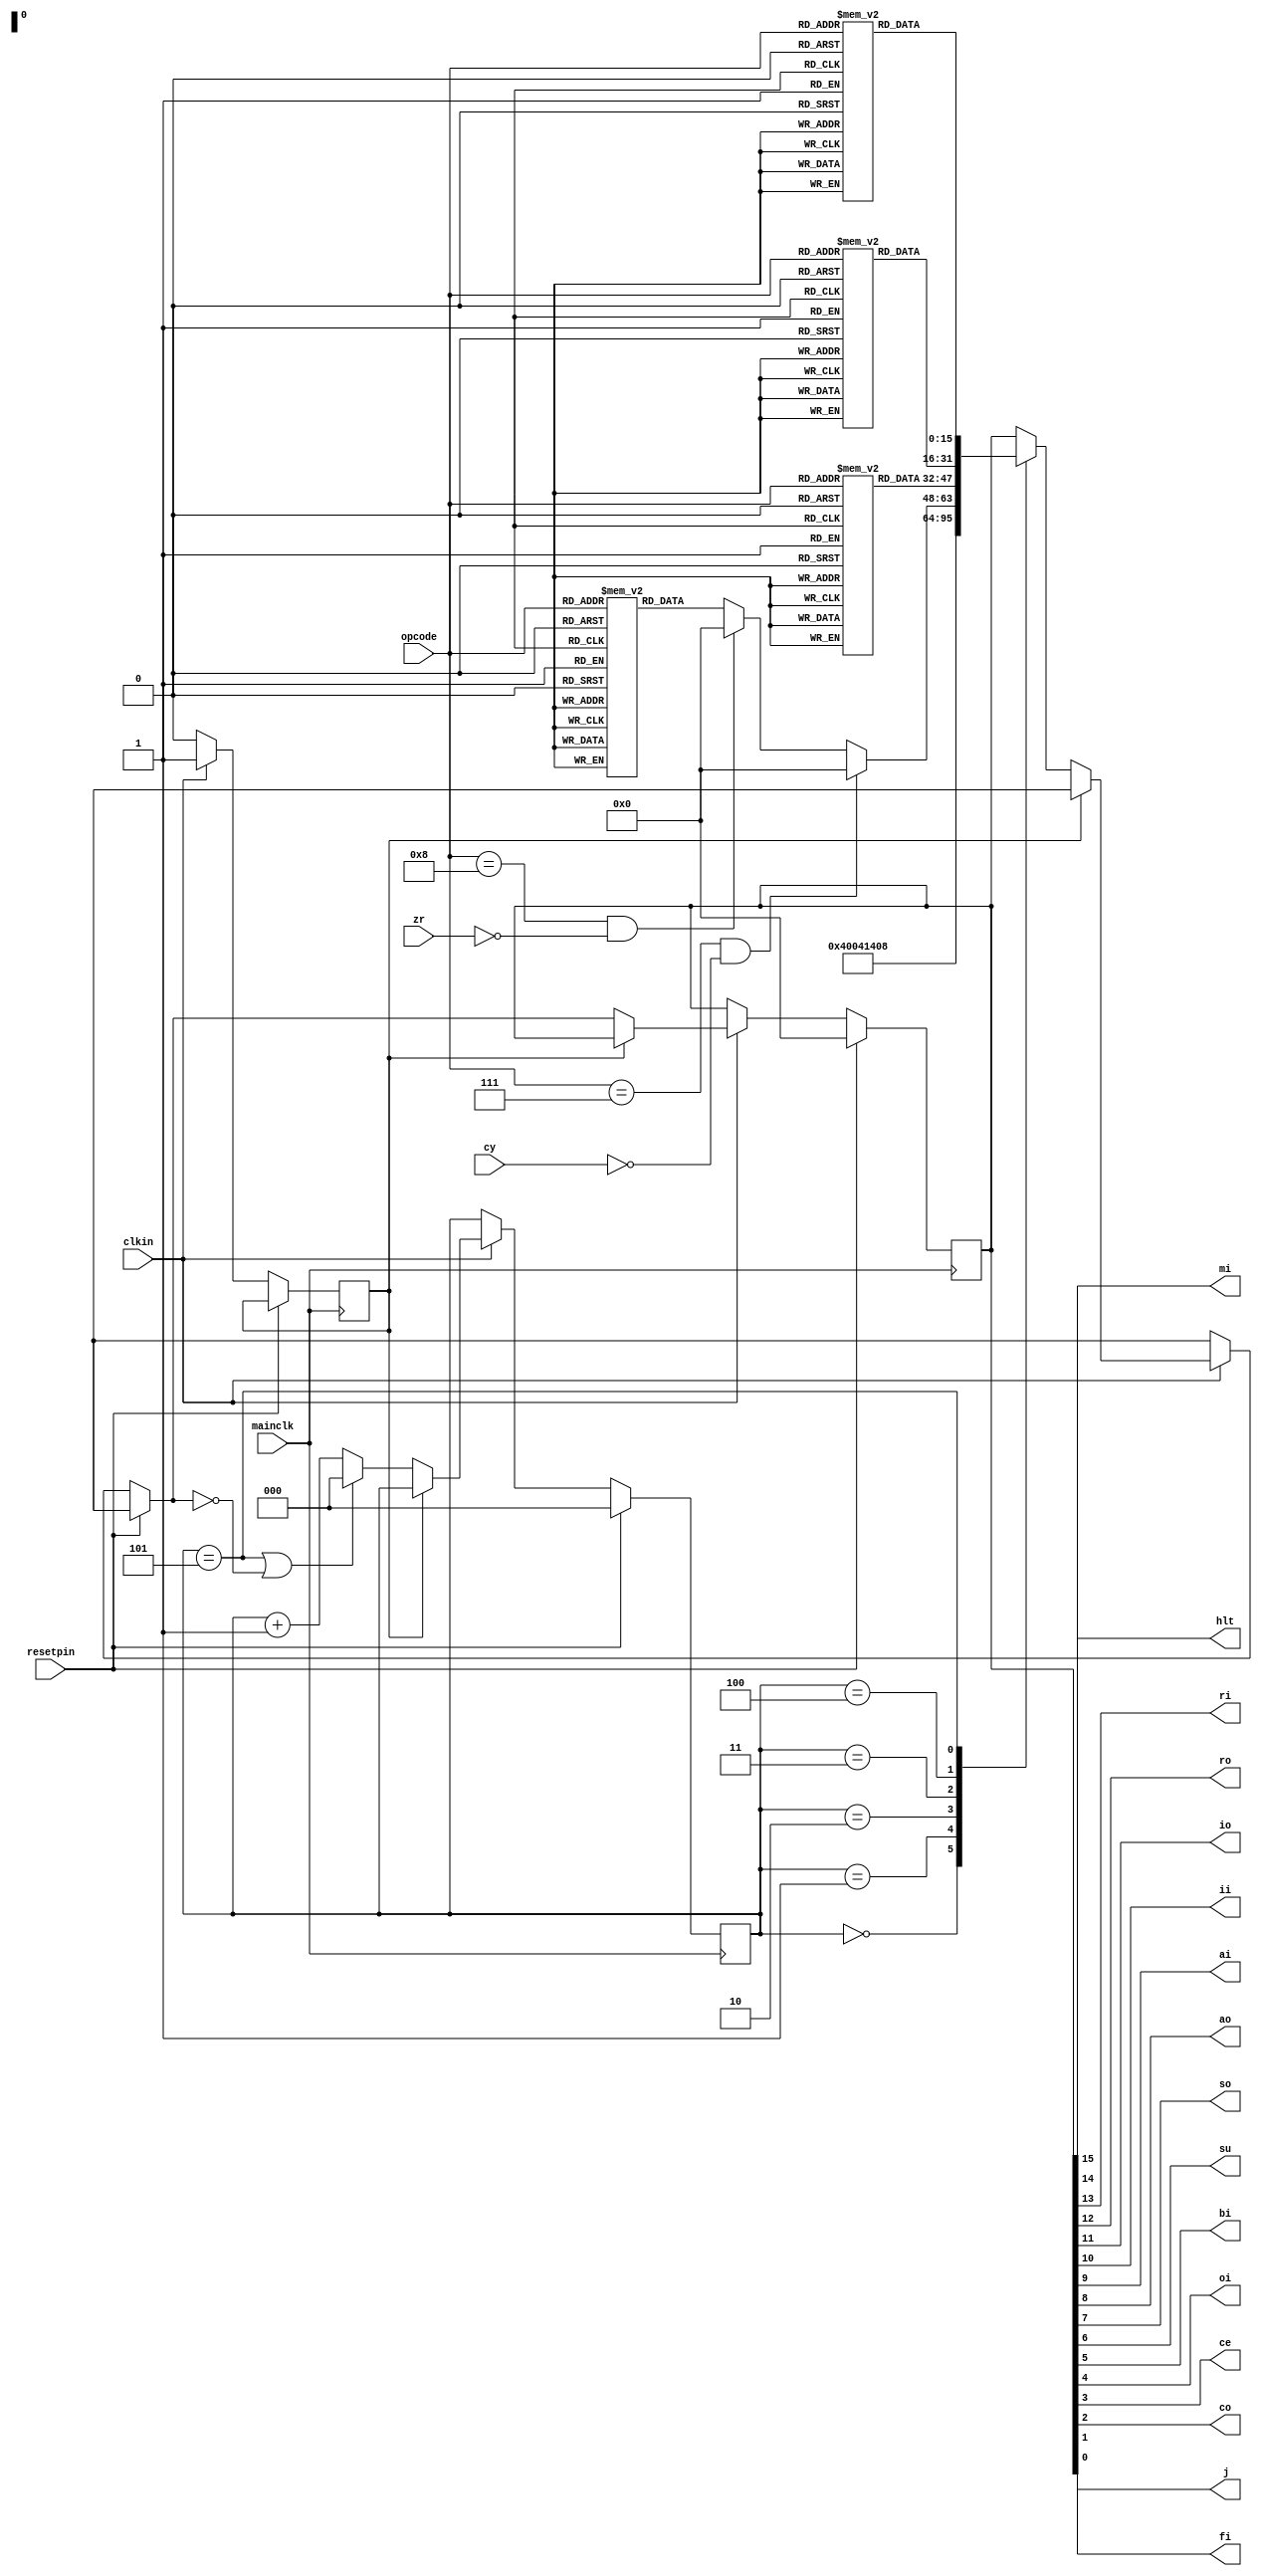
`timescale 1ns / 1ps
//////////////////////////////////////////////////////////////////////////////////
// Company: 
// Engineer: 
// 
// Design Name: 
// Module Name: ctrlogic
// Project Name: 
// Target Devices: 
// Tool Versions: 
// Description: 
// 
// Dependencies: 
// 
// Revision:
// Revision 0.01 - File Created
// Additional Comments:
// 
//////////////////////////////////////////////////////////////////////////////////

module ctrlogic(
    input mainclk,
    input clkin,
    input resetpin,
    input [3:0] opcode,
    input zr,
    input cy,
    output hlt,
    output mi,
    output ri,
    output ro,
    output io,
    output ii,
    output ai,
    output ao,
    output so,
    output su,
    output bi,
    output oi,
    output ce,
    output co,
    output j,
    output fi   
    );
    
    reg [2:0] phase;
    reg f_clkin;
    reg [15:0] ctrlword;
    
    parameter OPCODE_NOP = 4'b0000;
    parameter OPCODE_LDA = 4'b0001;
    parameter OPCODE_ADD = 4'b0010;
    parameter OPCODE_SUB = 4'b0011;
    parameter OPCODE_STA = 4'b0100;
    parameter OPCODE_LDI = 4'b0101;
    parameter OPCODE_JMP = 4'b0110;
    parameter OPCODE_JC  = 4'b0111;
    parameter OPCODE_JZ  = 4'b1000;
    parameter OPCODE_OUT = 4'b1110;
    parameter OPCODE_HLT = 4'b1111;

    parameter HLT = 16'b1000000000000000;
    parameter MI  = 16'b0100000000000000;
    parameter RI  = 16'b0010000000000000;
    parameter RO  = 16'b0001000000000000;
    parameter IO  = 16'b0000100000000000;
    parameter II  = 16'b0000010000000000;
    parameter AI  = 16'b0000001000000000;
    parameter AO  = 16'b0000000100000000;
    parameter SO  = 16'b0000000010000000;
    parameter SU  = 16'b0000000001000000;
    parameter BI  = 16'b0000000000100000;
    parameter OI  = 16'b0000000000010000;
    parameter CE  = 16'b0000000000001000;
    parameter CO  = 16'b0000000000000100;
    parameter J   = 16'b0000000000000010;
    parameter FI  = 16'b0000000000000001;
    
    parameter CWORD_FETCH_PH0 = MI|CO;
    parameter CWORD_FETCH_PH1 = RO|II|CE;
    reg [15:0] CWORD_PH2[15:0];
    reg [15:0] CWORD_PH3[15:0];
    reg [15:0] CWORD_PH4[15:0];
    reg [15:0] CWORD_PH5[15:0];

    integer i;

    assign hlt = ctrlword[15];
    assign mi  = ctrlword[14];
    assign ri  = ctrlword[13];
    assign ro  = ctrlword[12];
    assign io  = ctrlword[11];
    assign ii  = ctrlword[10];
    assign ai  = ctrlword[9];
    assign ao  = ctrlword[8];
    assign so  = ctrlword[7];
    assign su  = ctrlword[6];
    assign bi  = ctrlword[5];
    assign oi  = ctrlword[4];
    assign ce  = ctrlword[3];
    assign co  = ctrlword[2];
    assign j   = ctrlword[1];
    assign fi  = ctrlword[0];
    
    initial begin

        CWORD_PH2[ 0] = 16'b0;  //NOP
        CWORD_PH2[ 1] = IO|MI;  //LDA
        CWORD_PH2[ 2] = IO|MI;  //ADD
        CWORD_PH2[ 3] = IO|MI;  //SUB
        CWORD_PH2[ 4] = IO|MI;  //STA
        CWORD_PH2[ 5] = IO|AI;  //LDI
        CWORD_PH2[ 6] = IO|J;   //JMP
        CWORD_PH2[ 7] = IO|J;   //JC
        CWORD_PH2[ 8] = IO|J;   //JZ
        CWORD_PH2[14] = AO|OI;  //OUT
        CWORD_PH2[15] = HLT;    //HLT
        
        for (i = 9; i < 14; i = i + 1)
            CWORD_PH2[i] = 16'b0;
    
        CWORD_PH3[ 0] = 16'b0;  //NOP
        CWORD_PH3[ 1] = RO|AI;  //LDA
        CWORD_PH3[ 2] = RO|BI;  //ADD
        CWORD_PH3[ 3] = RO|BI|SU;  //SUB
        CWORD_PH3[ 4] = AO|RI;  //STA
        
        for (i = 5; i < 16; i = i + 1)
            CWORD_PH3[i] = 16'b0;
    
        CWORD_PH4[ 0] = 16'b0;  //NOP
        CWORD_PH4[ 1] = 16'b0;  //LDA
        CWORD_PH4[ 2] = FI;  //ADD
        CWORD_PH4[ 3] = SU|FI;  //SUB
    
        for (i = 4; i < 16; i = i + 1)
            CWORD_PH4[i] = 16'b0;
    
        CWORD_PH5[ 0] = 16'b0;  //NOP
        CWORD_PH5[ 1] = 16'b0;  //LDA
        CWORD_PH5[ 2] = SO|AI;  //ADD
        CWORD_PH5[ 3] = SU|SO|AI;  //SUB
    
        for (i = 4; i < 16; i = i + 1)
            CWORD_PH5[i] = 16'b0;

        phase = 0;
        f_clkin = 0;
        ctrlword = 0;    
    end

    always @ (posedge mainclk) begin
    
        if (resetpin) begin phase = 0; ctrlword = 0; end 
        else 
        if (clkin) begin
        
            if (!f_clkin) begin
            
                f_clkin = 1;

                case(phase)
                
                    3'b000: ctrlword = CWORD_FETCH_PH0;
                    3'b001: ctrlword = CWORD_FETCH_PH1;
                    3'b010: ctrlword = ((opcode == OPCODE_JC) && !cy) ? 16'b0 : 
                                           ((opcode == OPCODE_JZ) && !zr) ? 16'b0 : 
                                                CWORD_PH2[opcode];   // Checando condicionais JC e JZ
                    3'b011: ctrlword = CWORD_PH3[opcode];
                    3'b100: ctrlword = CWORD_PH4[opcode];
                    3'b101: ctrlword = CWORD_PH5[opcode];
                endcase
    
                
                if ((phase == 5)||(!ctrlword)) phase = 0; else phase = phase + 1;
            end
        end else f_clkin = 0;
    end        
endmodule